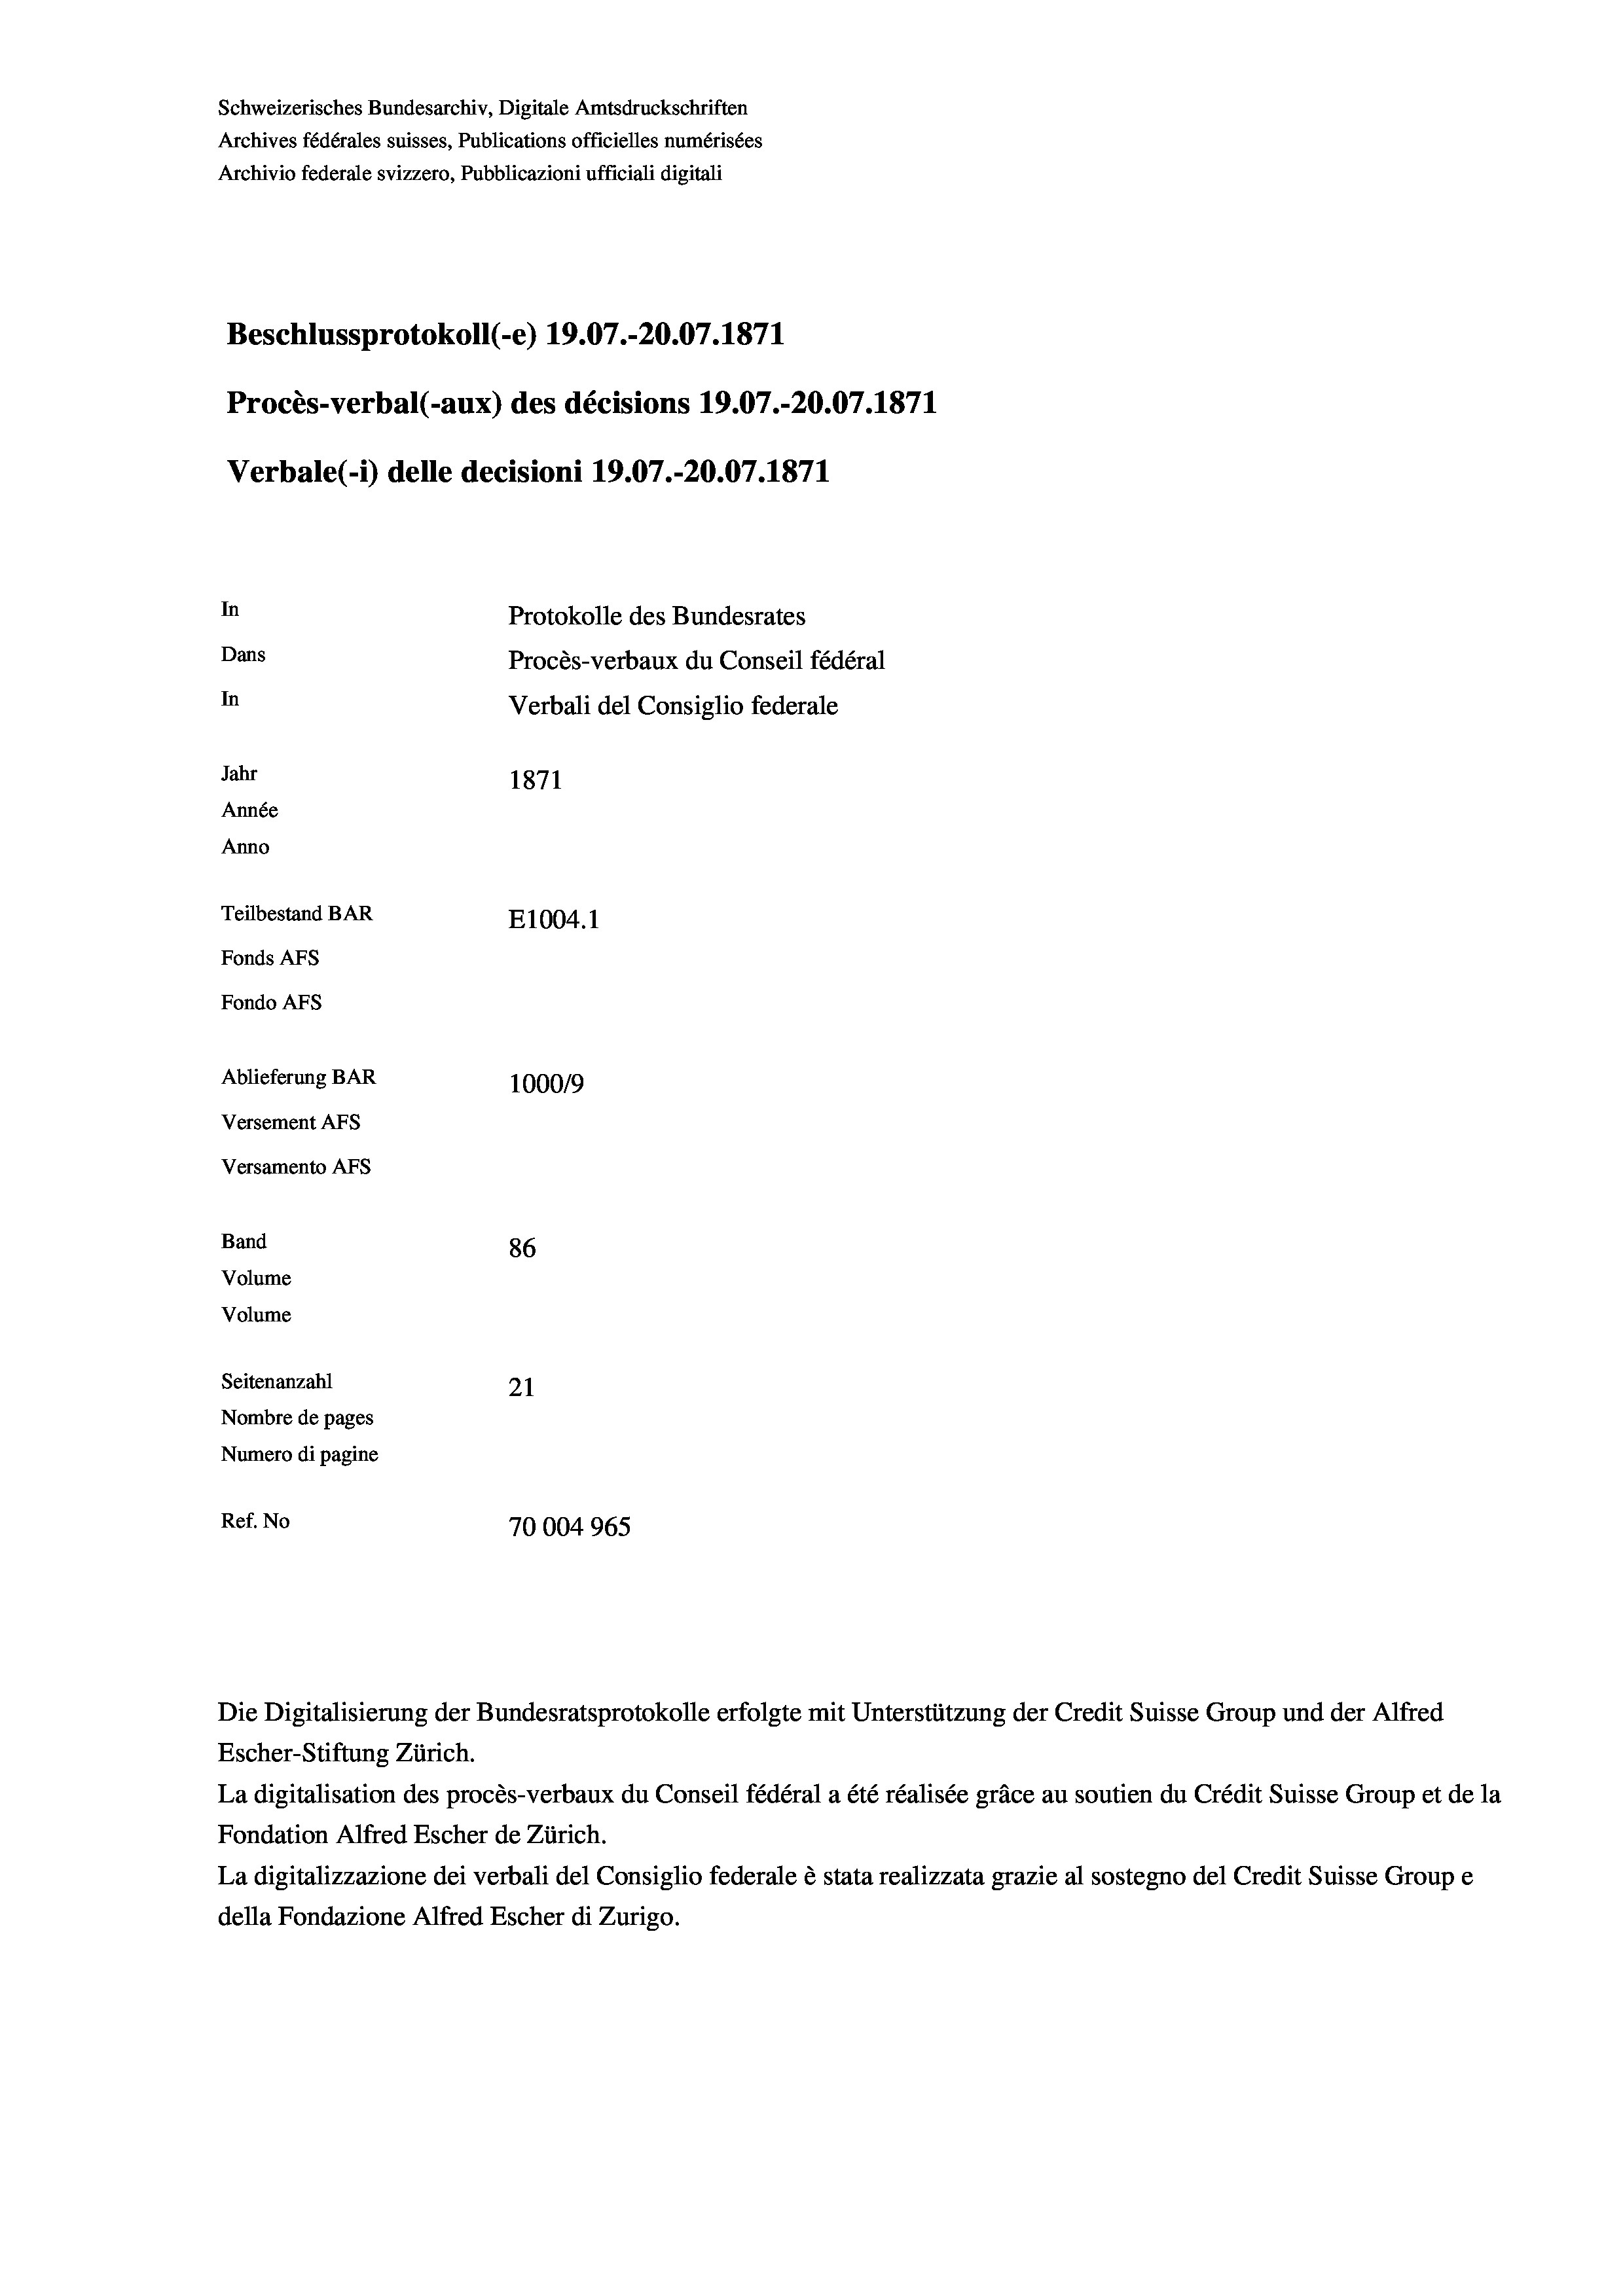
Schweizerisches Bundesarchiv, Digitale Amtsdruckschriften
Archives fédérales suisses, Publications officielles numérisées
Archivio federale svizzero, Pubblicazioni ufficiali digitali
Beschlussprotokoll (-e) 19.07.-20.07. 1871
Procès-verbal (-aux) des décisions 19.07.-20.07. 1871
Verbale(*) delle decisioni 19.07.-20.07. 1871
In
Protokolle des Bundesrates
Dans
Procès-verbaux du Conseil fédéral
In
Verbali del Consiglio federale
Jahr
1871
Année
Anno
Teilbestand BAR
E1004. 1
Fonds AFs
Fondo Afs
Ablieferung BAR
100019
Versement AFs
Versamento AFs
Band
86
Volume
Volume
Seitenanzahl
21
Nombre de pages
Numero di pagine
Ref. No
70004965

Die Digitalisierung der Bundesratsprotokolle erfolgte mit Unterstützung der Credit Suisse Group und der Alfred
Escher-Stiftung Zürich.
La digitalisation des procès-verbaux du Conseil fédéral a été réalisée gräce au soutien du Crédit Suisse Group et de la
Fondation Alfred Escher de Zürich.
La digitalizzazione dei verbali del Consiglio federale è stata realizzata grazie al sostegno del Credit Suisse Groupe
della Fondazione Alfred Escher di Zurigo.